65_HS1-834228961_62-HQ-83894_Section_6
Agency: FBI
Page 97
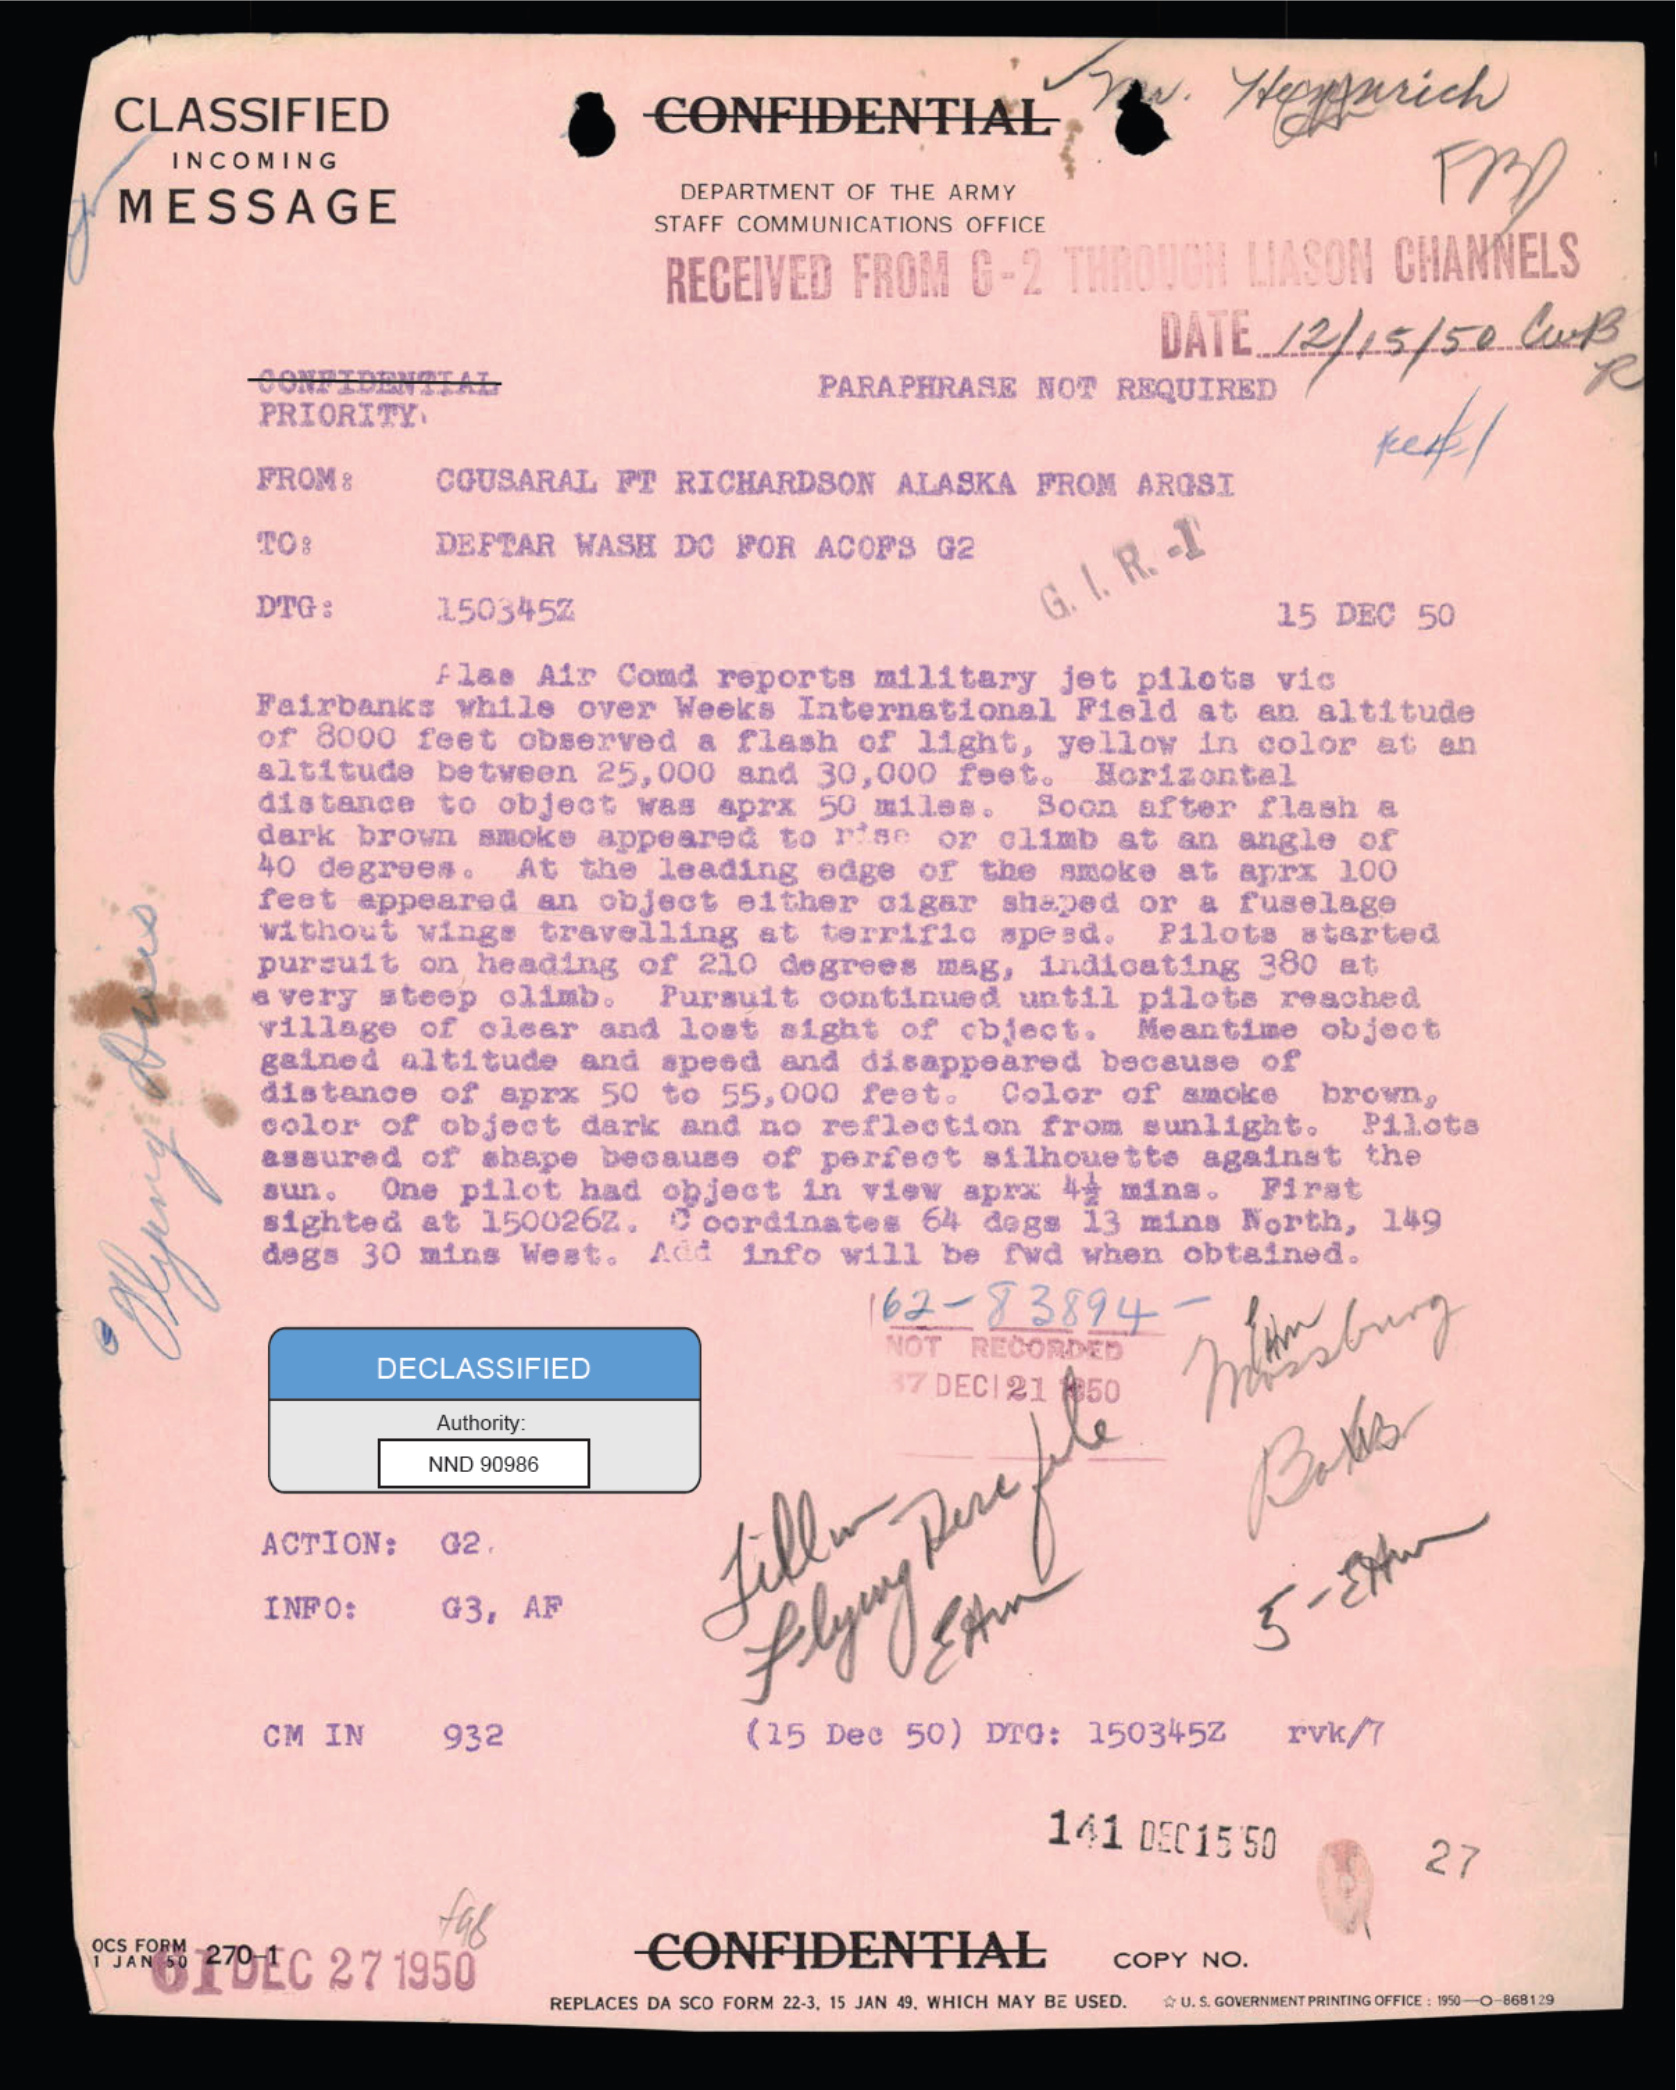